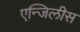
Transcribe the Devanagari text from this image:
एन्जिलीस